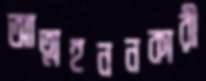
আত্মহননকারী